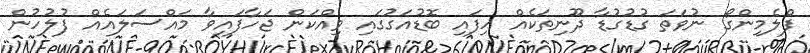
ފްލެމިންގޯ ނުވަތަ ގުޑުގުޑާ ދޫނިތަކެއް ހިފައި ބޮޑުއަގުގައި ވިއްކަން ޖަހާފައިވާ މައްސަލައެއް ފުލުހުން